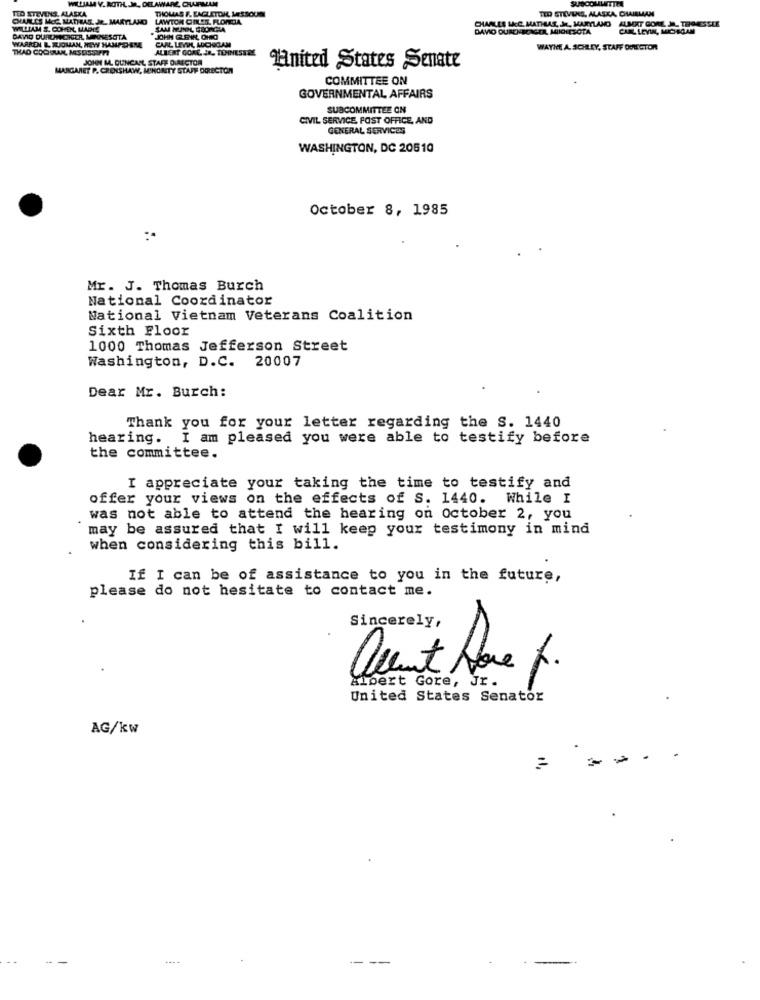
WILLIAM V. ROT
AWARE, CHAPMAN
TED STEVENS, ALASKA
THOMAS F. EAGLETON, LESSOUN
TED STEVENEL, ALASKA, CHAIRMAN
SUISCOMMITTEE
CHARLES MOC MATHBAR, JR. MARYLAND
LAWTON CHLEE. FLORIDA
CHARLES SAC. MATHAT, JE, MARYLAND ALMAT COME IL THOUSSEE
WILLIAM S. COHEN, MARIE
DAVID DURENICAGIA, MUDIESOTA
CARL LEVIN, MICHIGAN
CARL LEVEL AUCHSCAN
JOHN ELENIN, OHIO
WARREN IL ROMAN, NEW HANPOEMA
THAD COCHRAN, MSDSSAPPI
ALBERT GONE JR. TENNESS RE
WAYHE A. SCHLEY, STAFF DOMOTOR
JOHN M. DUNCANL, STAFF DIRECTOR
MARGARET P. CRENSHAW, M'NONTY STAFF DIRECTOR
Anited States Senate
COMMITTEE ON
GOVERNMENTAL AFFAIRS
SUBCOMMITTEE ON
CIVIL SERVICE, POST OFFICE, AND
GENERAL SERVICOS
WASHINGTON, DC 20510
October 8, 1985
Mr. J. Thomas Burch
National Coordinator
National Vietnam Veterans Coalition
Sixth Floor
1000 Thomas Jefferson Street
Washington, D.C. 20007
Dear Mr. Burch:
Thank you for your letter regarding the S. 1440
hearing. I am pleased you were able to testify before
the committee.
I appreciate your taking the time to testify and
offer your views on the effects of S. 1440. While I
was not able to attend the hearing on October 2, you
may be assured that I will keep your testimony in mind
when considering this bill.
If I can be of assistance to you in the future,
please do not hesitate to contact me.
Sincerely,
Albert Gore, Jr.
avent Have f.
United States Senator
AG/kw
.